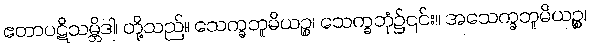
ဧတာပဋိသမ္ဘိဒါ၊ တို့သည်။ သေက္ခဘူမိယဉ္စ၊ သေက္ခဘုံ၌၎င်း။ အသေက္ခဘူမိယဉ္စ၊